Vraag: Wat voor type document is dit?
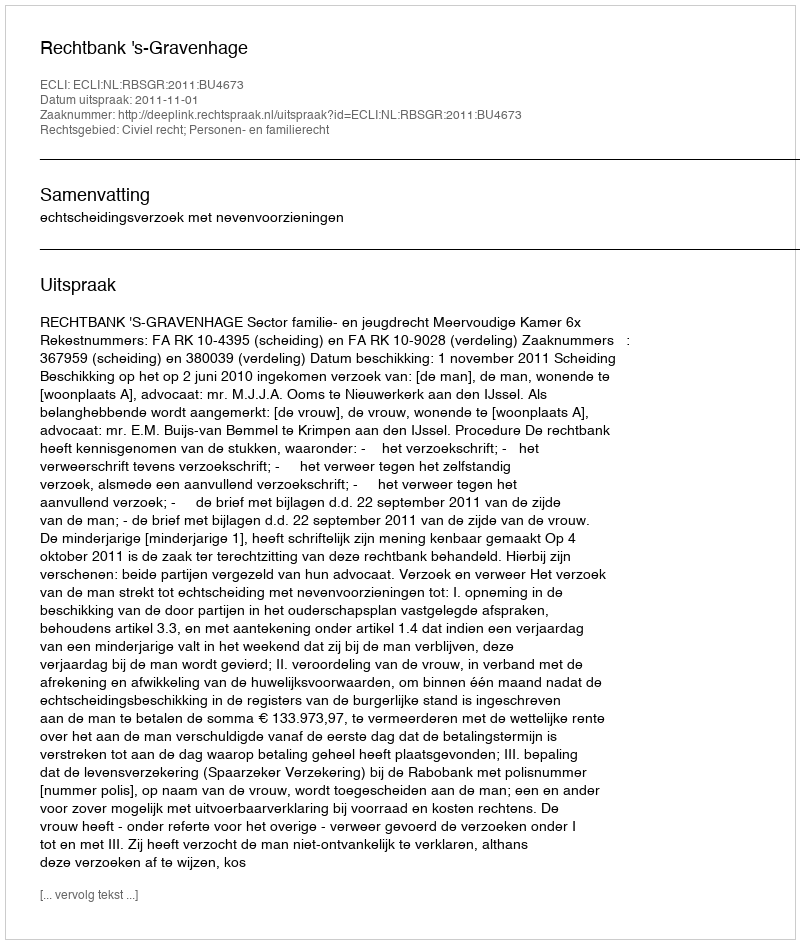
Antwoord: Uitspraak